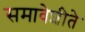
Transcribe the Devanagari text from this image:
समावेशीते